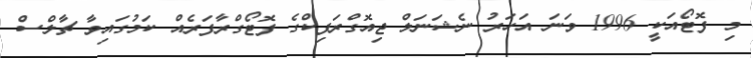
މި ފޮޓޯއަކީ 1996 ވަނަ އަހަރު ނެޝަނަލް ޖިއޮގްރަފިކްގެ ފޮޓޯގްރާފަރެއް ކަމުގައިވާ ޗާލްސް